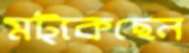
মট্‌কেছেন